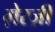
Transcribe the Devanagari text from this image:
ग़ेरज़ी